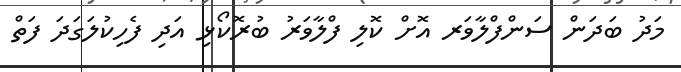
މަދު ބަދަން ސަންފްލާވަރ އޮށް ކޮލި ފްލާވަރު ބުރޮކޯޅި އަދި ފެހިކުލަގަދަ ފަތް